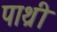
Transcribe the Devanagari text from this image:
पाथ्री